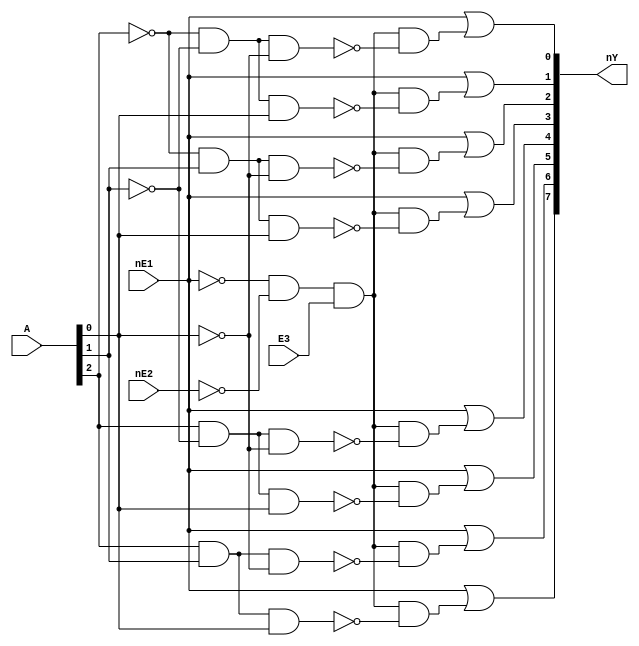
// Name: Vincent Li
// Course: CSE320 T/TH 4:30PM
// Professor: Vrudhula
/*
    A 4x16 decoder composed of two 3x8 decoders (74HC138).
*/

module dec3x8 (
    input wire nE1, nE2, E3,
    input wire [2 : 0] A,
    output wire [7 : 0] nY
    );
    wire enable;

    assign enable = !nE1 && !nE2 && E3;

    assign nY[0] = nE1 || enable && !(!A[2] && !A[1] && !A[0]);
    assign nY[1] = nE1 || enable && !(!A[2] && !A[1] && A[0]);
    assign nY[2] = nE1 || enable && !(!A[2] && A[1] && !A[0]);
    assign nY[3] = nE1 || enable && !(!A[2] && A[1] && A[0]);
    assign nY[4] = nE1 || enable && !(A[2] && !A[1] && !A[0]);
    assign nY[5] = nE1 || enable && !(A[2] && !A[1] && A[0]);
    assign nY[6] = nE1 || enable && !(A[2] && A[1] && !A[0]);
    assign nY[7] = nE1 || enable && !(A[2] && A[1] && A[0]);

endmodule

module dec4x16 (
    input wire nE1, nE2, E3,
    input wire [2 : 0] A,
    output wire [15 : 0] nY
    );
    wire E1, E2, nE3;
    assign E1 = !nE1;
    assign E2 = !nE2;
    assign nE3 = !E3;

    wire [7 : 0] nYFirstHalf, nYSecondHalf;
    assign nY[7 : 0] = nYFirstHalf;
    assign nY[15 : 8] = nYSecondHalf;

    // D1 for outputs 0 to 7.
    dec3x8 D1(.nE1(nE1), .nE2(nE2), .E3(E3), .A(A), .nY(nYFirstHalf));
    // D2 for outputs 8 t0 15. Enable is negated
    dec3x8 D2(.nE1(E1), .nE2(E2), .E3(nE3), .A(A), .nY(nYSecondHalf));

endmodule